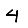
Digit: 4